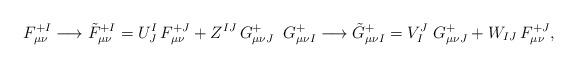
LaTeX: \begin{align*}\displaystyle{F^{+I}_{\mu \nu} \longrightarrow \tilde F^{+I}_{\mu \nu} =U^I_J\, F^{+J}_{\mu \nu}+Z^{IJ}\,G^{+}_{\mu \nu J}\;\;G^{+}_{\mu \nu I} \longrightarrow \tilde G^+_{\mu \nu I}= V_I^J\;G^{+}_{\mu \nu J}+ W_{IJ}\,F^{+J}_{\mu \nu} },\end{align*}